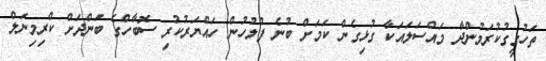
ތަހުގީގުކުރަމުންދާ މައްސަލައަކާ ގުޅިގެން ކަމަށް ބުނެ ފުލުހުން ހައްޔަރުކުރި ސޮބާހްގެ ބަންދަށް ކްރިމިނަލް